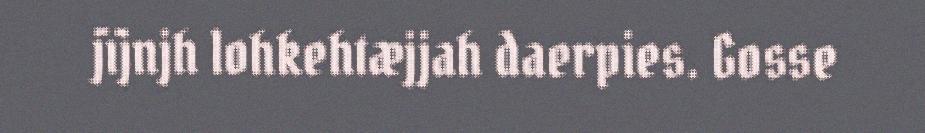
jïjnjh lohkehtæjjah daerpies. Gosse